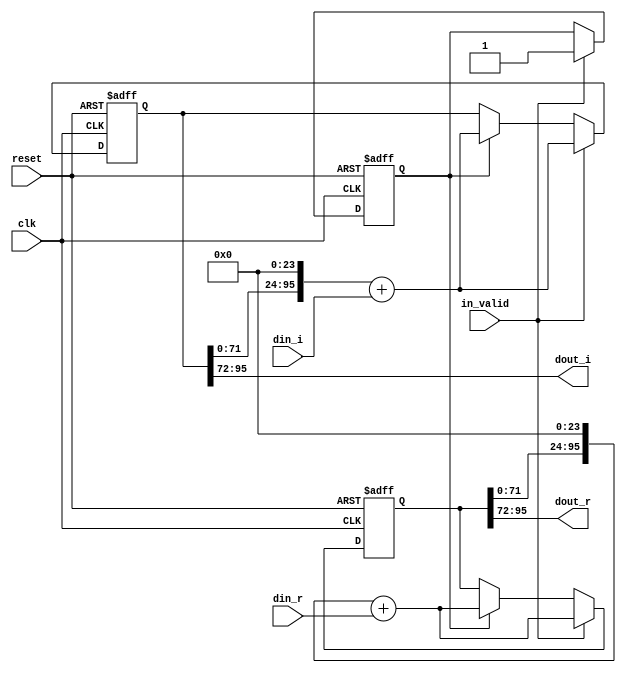
// This program was cloned from: https://github.com/abdelazeem201/Design-and-ASIC-Implementation-of-32-Point-FFT-Processor
// License: MIT License

// --------------------------------------------------------------------
// >>>>>>>>>>>>>>>>>>>>>>>>> COPYRIGHT NOTICE <<<<<<<<<<<<<<<<<<<<<<<<<
// --------------------------------------------------------------------
// Github: https://github.com/abdelazeem201
// Description: shift_4 module
// Dependencies: 
// Since: 2021-12-23 01:14:14
// LastEditors: ahmed abdelazeem
// LastEditTime: 2021-12-13 01:14:14
// ********************************************************************
// Module Function
module shift_4(
		input wire clk,
		input wire reset,
		input wire in_valid,
		input wire signed [23:0] din_r,
		input wire signed [23:0] din_i,
		output wire signed [23:0] dout_r,
		output wire signed [23:0] dout_i
	);
	integer i ;
	reg [95:0] shift_reg_r ;
	reg [95:0] shift_reg_i ;
	reg [95:0] tmp_reg_r ;
	reg [95:0] tmp_reg_i ;
	reg [3:0] counter_4,next_counter_4;
	reg valid,next_valid;

	assign dout_r    = shift_reg_r[95:72];
	assign dout_i    = shift_reg_i[95:72];

	always@(posedge clk or posedge reset)begin
		if(reset)begin
			shift_reg_r <= 0;
			shift_reg_i <= 0;
			counter_4  <= 0;
			valid <= 0;
		end
		else 
		if (in_valid)begin
			counter_4        <= next_counter_4;
			shift_reg_r      <= (tmp_reg_r<<24) + din_r;
			shift_reg_i      <= (tmp_reg_i<<24) + din_i;
			valid            <= in_valid;
		end else if(valid)begin
			counter_4        <= next_counter_4;
			shift_reg_r      <= (tmp_reg_r<<24) + din_r;
			shift_reg_i      <= (tmp_reg_i<<24) + din_i;
			valid            <= next_valid;        
		end
	end
	
		always@(*)begin
		next_counter_4 = counter_4 + 3'd1;
		tmp_reg_r = shift_reg_r;
		tmp_reg_i = shift_reg_i;
		next_valid = valid;
	end


endmodule